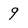
Character: 9